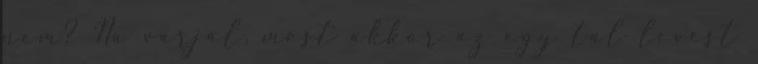
nem? Na várjál, most akkor az egy tál levest